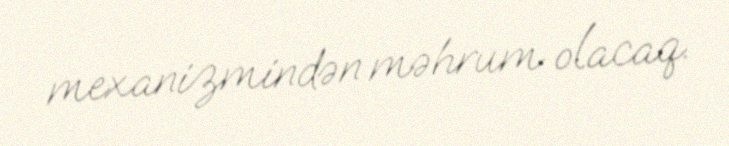
mexanizmindən məhrum olacaq.